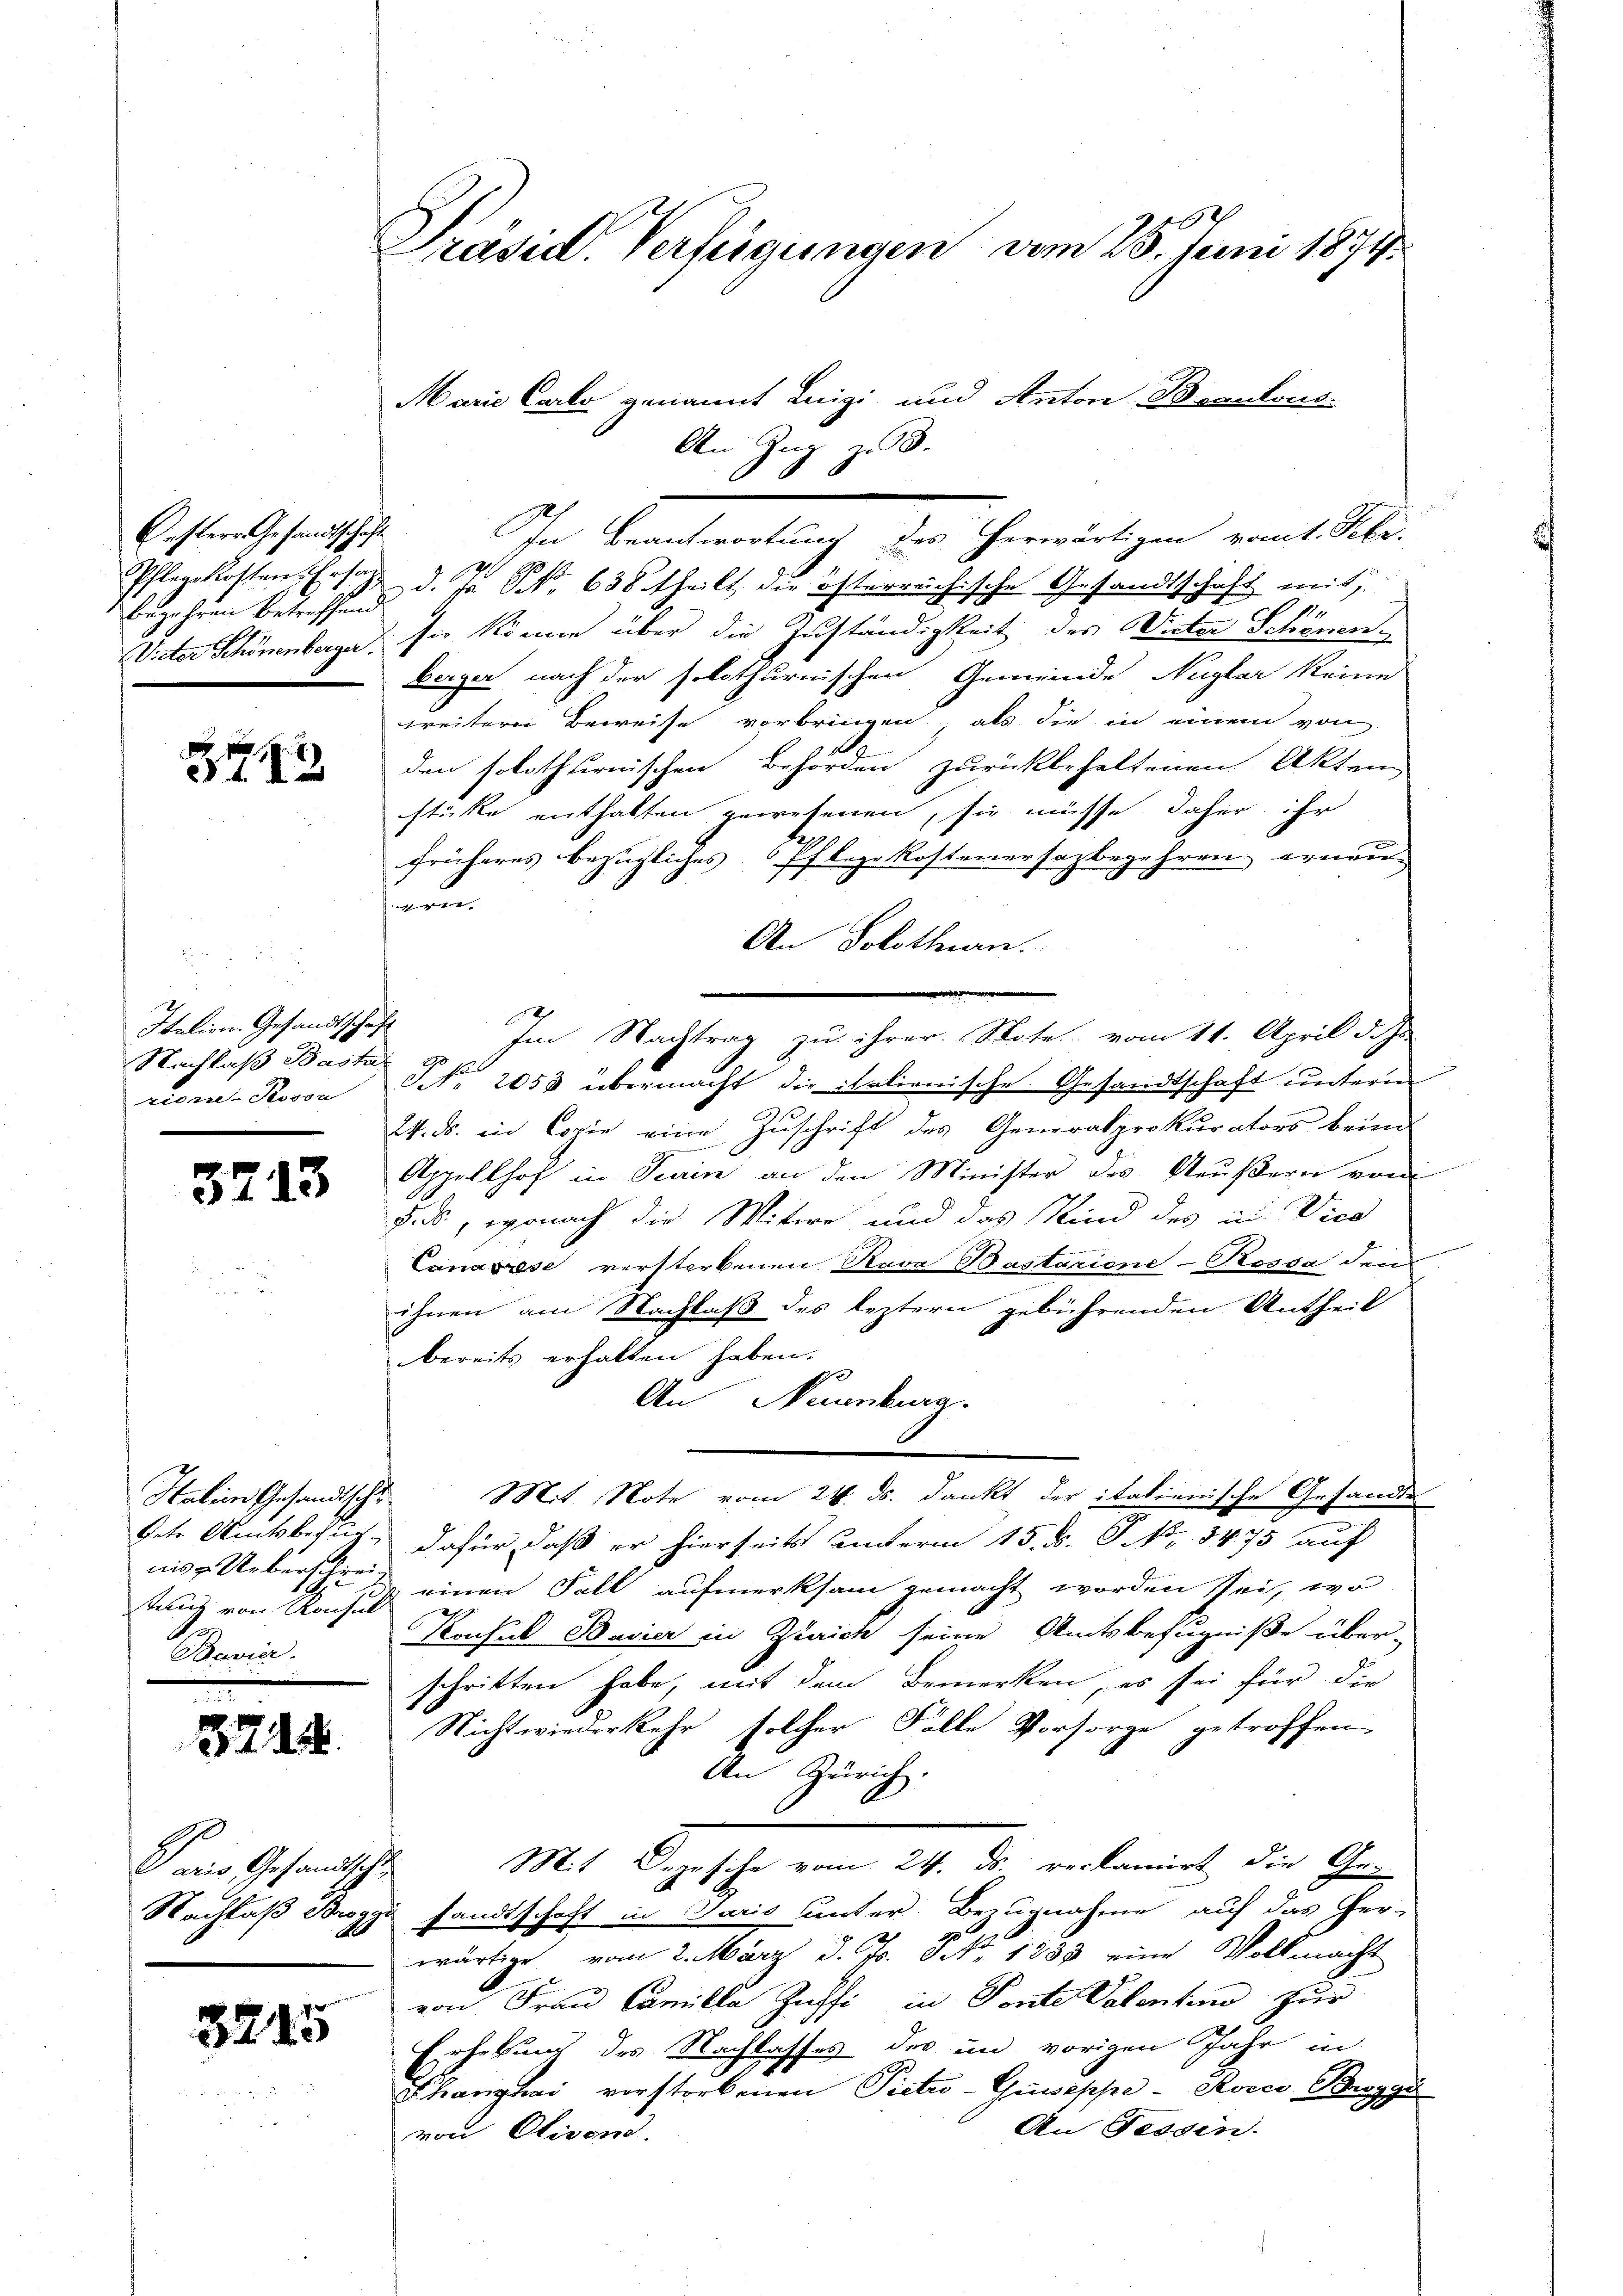
Oesterr. Gesandtschaft
Pflegekosten Ersa
bezahren Betreffend
Vieter Schönenberger.

213

Italien. Gesandtschaft
Nachlaß Basta-
rien Stosse

3243

Habien Gesandtsch
Petr. Amtsbesuch
nis u. Ueberschreitand von Konsul
Bavie

3744.

Waris Gesandtschen
Nachlaß Bregga

3245

Präsid. Verfügungen vom 25. Juni 1891.

Marie Carlo genannt Luigi und Anton Banalous.
In Beantwortung des herwärtigen vomt. Febr.
d. J. S. 638 theilt die österreichische Gesandtschaft mit,
1.
sie könne über die Zuständigkeit des Vieter Schönen
Berger nach der solothurnischen Gemeinde Nagler keine
weitere Beweise vorbringen, als die in einem von
den solothurnischen Behörden zurückbehaltenen Akten,
stücke enthalten gewesenen, sie müsse daher ihr
früheres bezügliches Pflege Kostenersazbegehren erneu
ven
An Solothurn.
Im Nachtrag zu ihrer Stote vom 11. April d. Js
N 2053 übermacht die italienische Gesandtschaft unterm
24. ds. in Copie eine Zuschrift des Generalprokurators beim
Appellhof in Turin an den Minister des Aeußern vom
§., wonach die Witwe und das Kind des in Vice
Canasrese verstorbenen Rava Bastarione-Rossa den
ihnen am Nachlaß des leztern gebührenden Antheil
bereits erhalten haben.
An Neuenburg.
Mit Note vom 24. ds. dankt der italienische Gesandte
dafür, daß er hierseits unterm 15. d. P. Nr. 5475 auf
einen Fall aufmerksam gemacht worden sei, wo
Kache Bavier in Zürich seine Amtsbefugniße über-
schritten habe, mit dem Bemerken, es sei für die
Nicht wiederkehr solcher Falle Vorsorge getroffen,
An Zürich.
Mit u. gesehe vom 24. ds. verkammet, die Gesandtschaft in Paris unter Bezugnahme auf das Her-
wärtige vom 2. März d. Js. NNo. 1883 eine Vollmacht
von Frau Camilla Zuhfi in Ponte Patenten zur
Erhebung des Nachlasses des in vorigen Jahr in
Schanzhai vorstorbenen Pietro-Guseppe - Roici Breggu
An Tessin.
von Olivone.

An Zug zu 3.